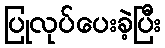
ပြုလုပ်ပေးခဲ့ပြီး